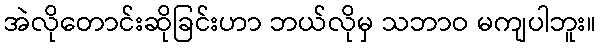
အဲလိုတောင်းဆိုခြင်းဟာ ဘယ်လိုမှ သဘာဝ မကျပါဘူး။